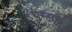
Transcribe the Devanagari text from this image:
थेम्सके